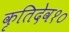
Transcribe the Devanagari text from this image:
कृतिदेव१०